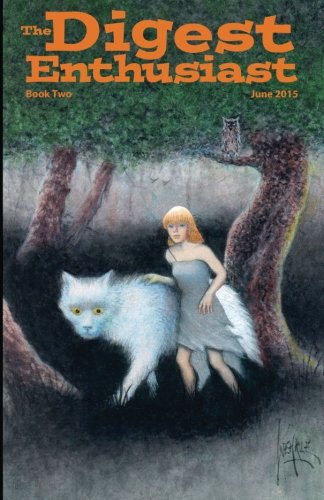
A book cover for The Digest Enthusiast #2: Explore the world of digest magazines. (Volume 2); Richard Krauss; Crafts, Hobbies & Home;